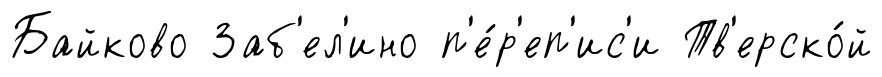
Байково Заб'ел'ино п'е́р'еп'ис'и Тв'ерско́й